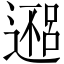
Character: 𬩀